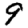
Digit: 9